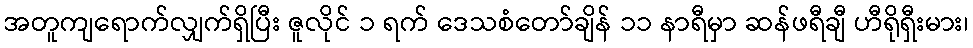
အတူကျရောက်လျှက်ရှိပြီး ဇူလိုင် ၁ ရက် ဒေသစံတော်ချိန် ၁၁ နာရီမှာ ဆန်ဖရီချီ ဟီရိုရှီးမား၊